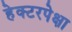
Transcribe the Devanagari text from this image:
हेक्टरपेक्षा